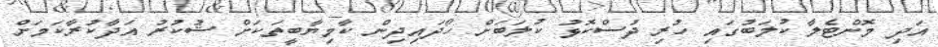
އަދި މޮންޓެލާ ކުލަބުގައި ހުރި ދުސްކޮޅު ކުލަބަށް ހޯދައިދިން ކާމިޔާބީތަކަށް ޝުކުރު އަދާކުރާކަމަށް